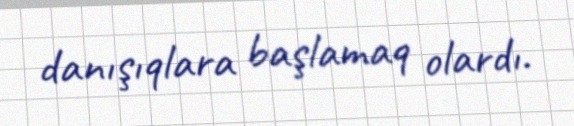
danışıqlara başlamaq olardı.